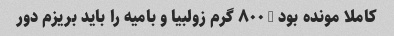
کاملا مونده بود … ۸۰۰ گرم زولبیا و بامیه را باید بریزم دور